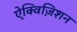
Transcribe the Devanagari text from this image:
ऐक्विज़िशन